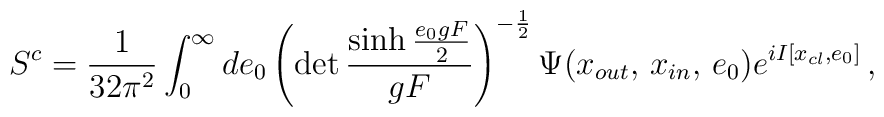
S\sp c={1\over 32\pi\sp 2}\int\sb 0\sp\infty de\sb 0 \left(\det\frac{\sinh\frac{e\sb0gF}{2}}{gF}\right)\sp{-\frac{1}{2}}\Psi(x\sb{out},\,x\sb{in},\,e\sb0)e\sp{{i}I\lbrack x\sb{cl},e\sb0\rbrack}\,,